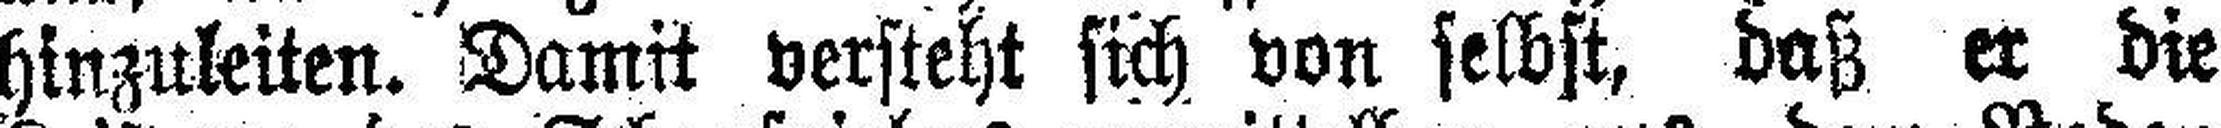
hinzuleiten. Damit versteht sich von selbst, daß er die